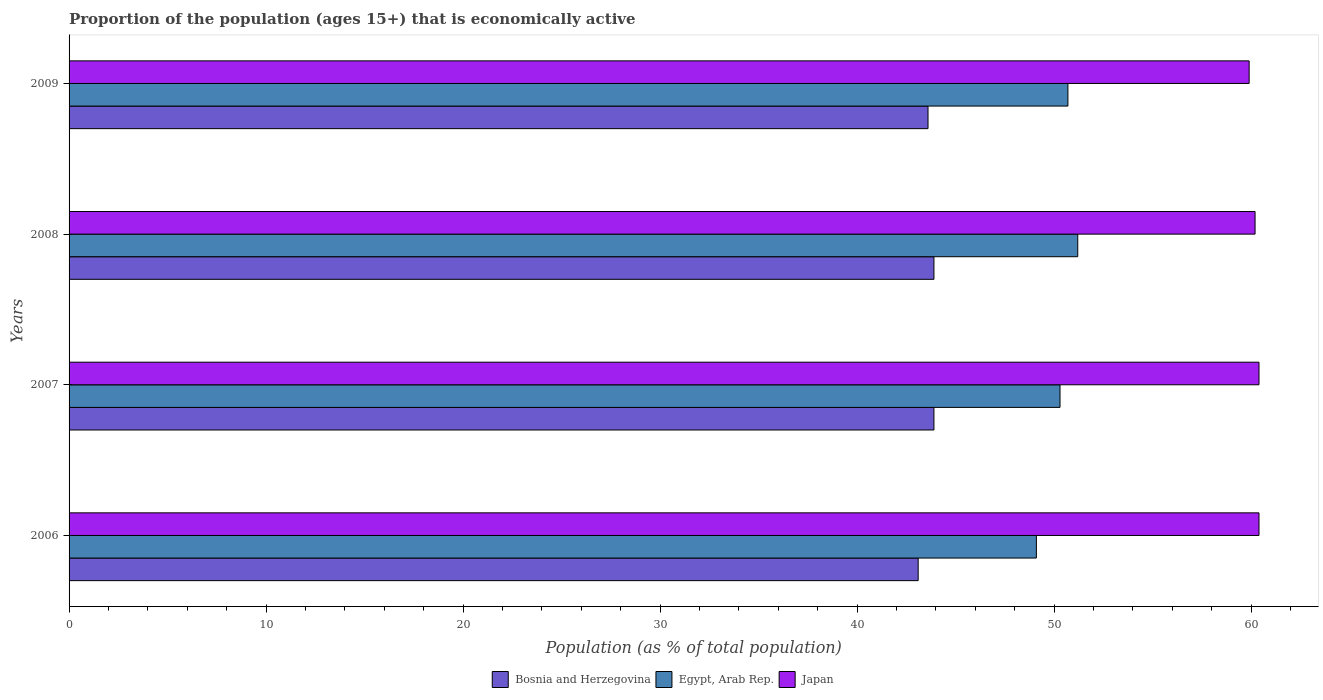
| Years | Bosnia and Herzegovina | Egypt, Arab Rep. | Japan |
 | --- | --- | --- | --- |
 | 2006 | 43.1 | 49.1 | 60.4 |
 | 2007 | 43.9 | 50.3 | 60.4 |
 | 2008 | 43.9 | 51.2 | 60.2 |
 | 2009 | 43.6 | 50.7 | 59.9 |